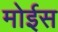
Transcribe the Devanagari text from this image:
मोईस